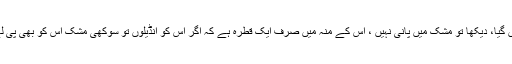
میں گیا، دیکھا تو مشک میں پانی نہیں ، اس کے منہ میں صرف ایک قطرہ ہے کہ اگر اس کو انڈیلوں تو سوکھی مشک اس کو بھی پی لے۔